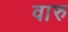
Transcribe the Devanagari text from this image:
वारु